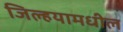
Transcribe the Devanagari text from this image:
जिल्हयामधील